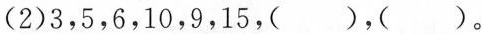
(2)3，5，6，10，9，15，( )，( )。